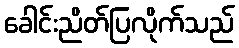
ခေါင်းညိတ်ပြလိုက်သည်